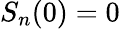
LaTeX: S_{n}(0)=0